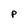
Character: P